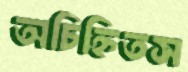
অচিহ্নিতস